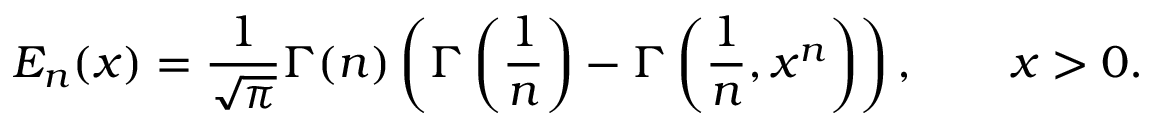
E _ { n } ( x ) = { \frac { 1 } { \sqrt { \pi } } } \Gamma ( n ) \left( \Gamma \left( { \frac { 1 } { n } } \right) - \Gamma \left( { \frac { 1 } { n } } , x ^ { n } \right) \right) , \quad \quad x > 0 .